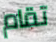
تقام